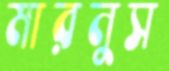
মারনুস